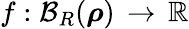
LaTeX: f:\mathcal{B}_{R}({\boldsymbol\rho})\, \rightarrow\, \mathbb{R}